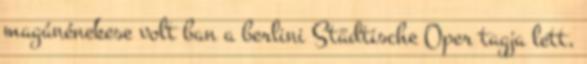
magánénekese volt ban a berlini Städtische Oper tagja lett,